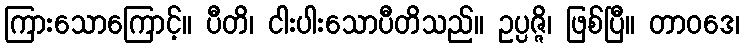
ကြားသောကြောင့်။ ပီတိ၊ ငါးပါးသောပီတိသည်။ ဥပ္ပဇ္ဇိ၊ ဖြစ်ပြီ။ တာဝဒေ၊